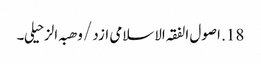
18. اصول الفقہ الاسلامی ازد /وھبہ الزحیلی۔